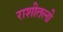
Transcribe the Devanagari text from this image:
राशीतली